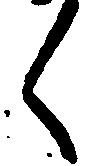
く